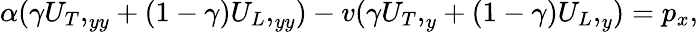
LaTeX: \begin{array}{r}{\alpha(\gamma{U_{T},}_{yy}+(1-\gamma){U_{L},}_{yy})-v(\gamma{U_{T},}_{y}+(1-\gamma){U_{L},}_{y})=p_{x},}\end{array}